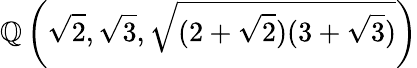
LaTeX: \mathbb{Q}\left({\sqrt{2}},{\sqrt{3}},{\sqrt{(2+{\sqrt{2}})(3+{\sqrt{3}})}}\right)